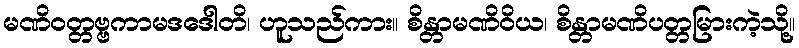
မဏိဝတ္တဗ္ဗကာမဒဒေါတိ၊ ဟူသည်ကား။ စိန္တာမဏိဝိယ၊ စိန္တာမဏိပတ္တမြားကဲ့သို့။